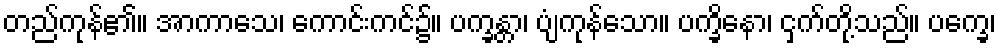
တည်ကုန်၏။ အာကာသေ၊ ကောင်းကင်၌။ ပက္ခန္တာ၊ ပျံကုန်သော။ ပက္ခိနော၊ ငှက်တို့သည်။ ပက္ခေ၊